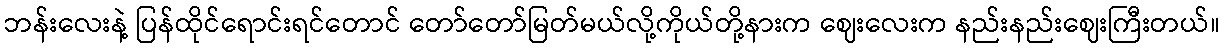
ဘန်းလေးနဲ့ ပြန်ထိုင်ရောင်းရင်တောင် တော်တော်မြတ်မယ်လို့ကိုယ်တို့နားက ဈေးလေးက နည်းနည်းဈေးကြီးတယ်။